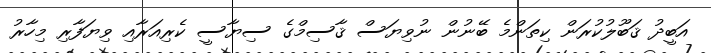
އަބީދު ޤަބޫލުކުރަން ކިތަންމެ ބޭނުން ނުވިޔަސް ޤާސިމްގެ ސިޔާސީ ކެރިއަރާއި ވިޔަފާރި މިހާރު